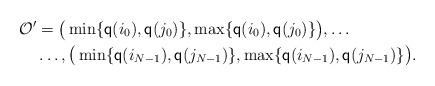
LaTeX: \begin{align*}\mathcal{O}' & = \big{(}\min\{\mathsf{q}(i_0),\mathsf{q}(j_0)\},\max\{\mathsf{q}(i_0),\mathsf{q}(j_0)\}\big{)},\ldots \\& \ldots,\big{(}\min\{\mathsf{q}(i_{N-1}),\mathsf{q}(j_{N-1})\},\max\{\mathsf{q}(i_{N-1}),\mathsf{q}(j_{N-1})\}\big{)}.\end{align*}